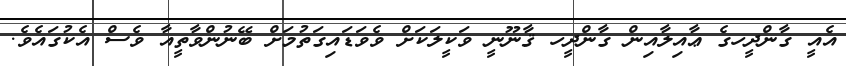
އެއީ ގާންދީހގެ ޢާއިލާއިން ގާންދީހ ޤާނޫނީ ވަކީލަކަށް ވެވަޑައިގަތުމަށް ބޭނުންވާތީއާ ވެސް އެކުގައެވެ.